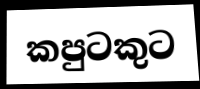
කපුටකුට